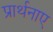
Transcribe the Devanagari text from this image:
प्रार्थनाए